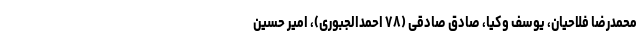
محمدرضا فلاحیان، یوسف وکیا، صادق صادقی (۷۸ احمدالجبوری)، امیر حسین